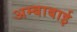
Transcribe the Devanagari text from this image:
अम्बाबाई